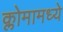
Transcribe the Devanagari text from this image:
क्लोमामध्ये